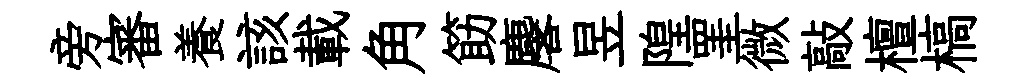
旁審養該載角筯麐昱隍罣微敲檀槁